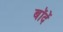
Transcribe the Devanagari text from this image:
बॉदें